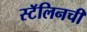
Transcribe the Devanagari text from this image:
स्टॅलिनची